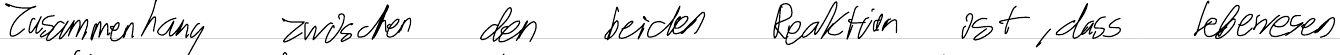
Zusammenhang zwischen den beiden Reaktion ist, dass Lebewesen